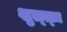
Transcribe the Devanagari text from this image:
शुल्त्ज़